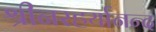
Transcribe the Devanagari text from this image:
श्रीनरहर्यानन्द